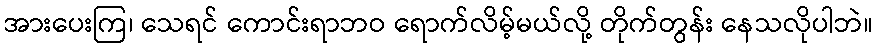
အားပေးကြ၊ သေရင် ကောင်းရာဘဝ ရောက်လိမ့်မယ်လို့ တိုက်တွန်း နေသလိုပါဘဲ။